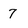
Character: 7